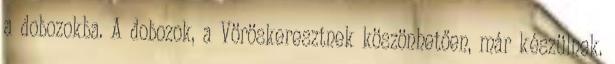
a dobozokba. A dobozok, a Vöröskereszt­nek köszönhetően, már készülnek.